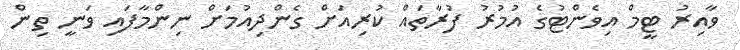
ވާއިރު ޓީމް އިވެންޓުގެ އުމުރު ފުރާތައް ކުރިއަށް ގެންދިއުމަށް ނިންމާފައި ވަނީ ތިން